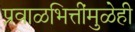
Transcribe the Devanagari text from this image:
प्रवाळभित्तींमुळेही